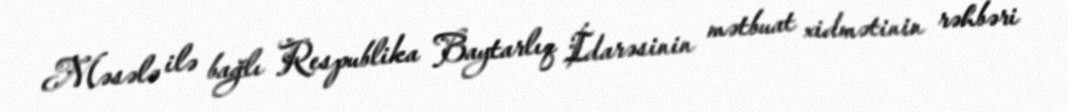
Məsələ ilə bağlı Respublika Baytarlıq İdarəsinin mətbuat xidmətinin rəhbəri